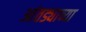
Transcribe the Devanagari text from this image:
आंतड्याच्या